Annual report of the Punjab Veterinary College and of the Civil Veterinary Department, Punjab - 1926-1932
Year: 1926
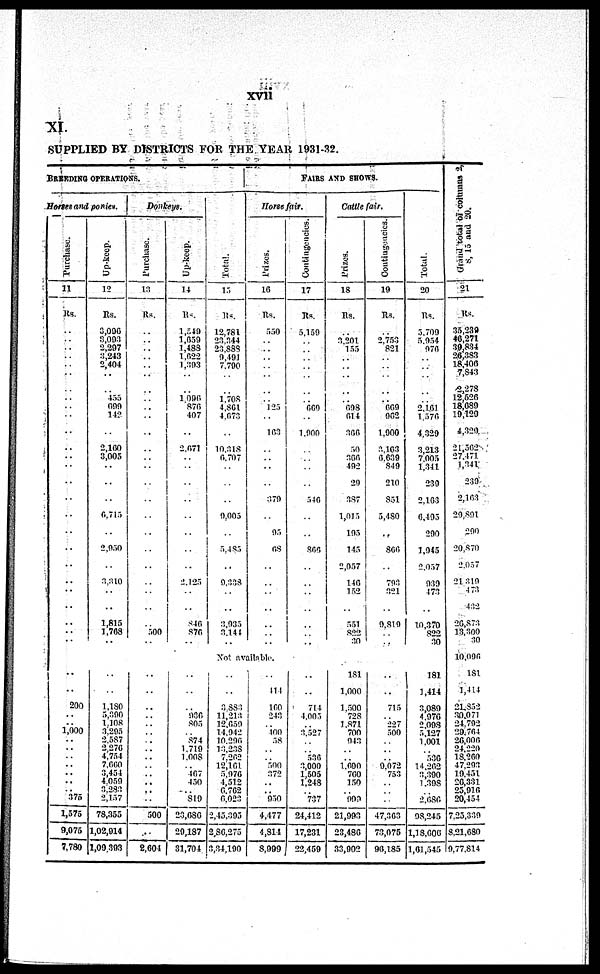
xvii
XI.
SUPPLIED BY DISTRICTS FOR THE YEAR 1931-32.
BREEDING
OPERATIONS.
Horses and ponies.
Purchase.
11
Rs.
..
..
..
..
..
..
..
..
..
..
..
..
..
..
..
..
..
..
..
..
..
..
..
..
..
..
..
..
200
..
.. 1,000
..
..
..
..
.. ..
.. 375
1,575
9,075
7,780
Up-keep.
12
Rs.
3,096
3,093
2,297
3,243
2,404
..
..
455
699
142
..
2,160
3,005
..
..
..
6,715
..
2,950
..
3,310
..
..
1,815
1,768
..
..
..
1,180
5,390
1,108
3,295
2,587
2,276
4,754
7,660
3,454
4,059
3,283
2,157
78,355
1,02,914
1,09,393
Donkeys.
Purchase.
13
Rs.
..
..
..
..
..
..
..
..
..
..
..
..
..
..
..
..
..
..
..
..
..
..
..
..
500
..
..
..
..
..
..
..
..
..
..
..
..
.. ..
..
500
..
2,604
Up-keep.
4
Rs.
1,549
1,659
1,488
1,622
1,393
..
..
1,096
876
407
..
2,671
..
..
..
..
..
..
..
..
2,125
..
..
846
876
..
..
..
..
936
805
.. 874
1,719
1,008
.. 467
450
.. 819
23,686
29,187
31,704
Tol al .
15
Rs.
12,781
23,344
23,888
9,491
7,790
..
..
1,708
4,861
4,673
..
10,318
6,707
..
..
..
9,005
..
5,485
..
9,338
..
..
3,935
3,144
..
FAIRS AND SHOWS.
Horse fair.
Prizes.
16
Rs.
550
..
..
..
..
..
..
.. 125
..
163
..
..
..
..
379
..
95
68
..
..
..
..
..
..
..
Not
available.
..
..
3,883
11,213
12,659
14,942
10,296
13,238
7,262
12,161
5,976
4,512
6,762
6,023
2,45,395
2,86,275
3,34,190
..
114
160
243
.. 100 58
..
.. 500
372
..
.. 950
4,477
4,814
8,999
Contingeneies.
17
Rs.
5,159
..
..
..
..
..
..
..
669
..
1,900
..
..
..
..
546
..
..
866
..
..
..
..
..
..
..
..
..
714
4,005
.. 3,527
..
.. 536
3,000
1,505
1,248
.. 737
24,412
17,231
22,459
Cattle fair.
Prizes.
18
Rs.
..
3,201
155
..
..
..
..
..
698
614
300
50
366
492
29
387
1,015
195
145
2,057
146
152
..
551
822
30
181
1,000
1,500
728
1,871
700
943
..
.. 1,690
760
150
.. 999
21,993
23,486
33,902
Contingencies.
19
Rs.
..
2,753
821
..
..
..
..
.. 669
962
1,900
3,163
6,639
849
210
851
5,480
..
866
..
793
321
..
9,819
.. ..
..
..
715
.. 227
500
..
..
.. 9,072
753
..
..
..
47,363
73,075
96,185
Tot al .
20
Rs.
5,709
5,954
976
..
..
..
..
..
2,161
1,576
4,329
3,213
7,005
1,341
239
2,163
6,495
290
1,945
2,057
939
473
..
10,370
822
30
181
1,414
3,080
4,976
2,098
5,127
1,001
.. 536
14,262
3,390
1,398
.. 2,686
98,245
1,18,606
1,61,545
Grand total of columns 2,
8, 15 and 20.
21
Rs.
35,239
46,271
39,834
26,383
18,406
7,843
2,278
12,526
18,689 19,129
4,329
21,562
27,471
1,341
239
2,163
29,891
290
20,870
2,057
21,319
473
432
26,873
13,300
30
10,096
181
1,414
21,852
30,071
24,792
29,764
26,006
24,220
18,260
47,293
19,451
20,331
25,916
20,454
7,25,339
8,21,680
9,77,814